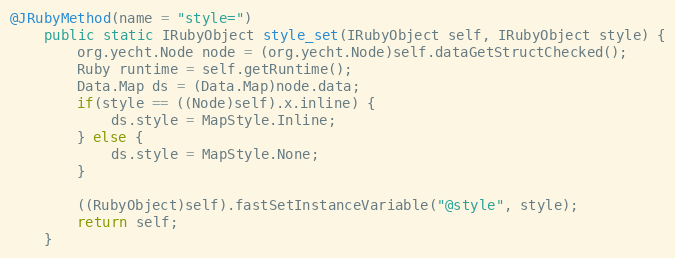
Language: Java
@JRubyMethod(name = "style=")
    public static IRubyObject style_set(IRubyObject self, IRubyObject style) {
        org.yecht.Node node = (org.yecht.Node)self.dataGetStructChecked();
        Ruby runtime = self.getRuntime();
        Data.Map ds = (Data.Map)node.data;
        if(style == ((Node)self).x.inline) {
            ds.style = MapStyle.Inline;
        } else {
            ds.style = MapStyle.None;
        }

        ((RubyObject)self).fastSetInstanceVariable("@style", style);
        return self;
    }